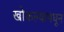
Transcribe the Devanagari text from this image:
खोकल्यामधून